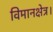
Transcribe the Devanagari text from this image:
विमानक्षेत्र।